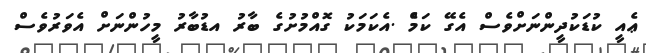
ޢެއީ ކުޑަކުދީންނަށްވެސް އެގޭ ކަމެެެް .އެކަމަކު ގޮއްމުށުގެ ބާރު އޑުބާރު މީހުންނަށް އެވަރުވެސް